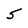
Character: 5